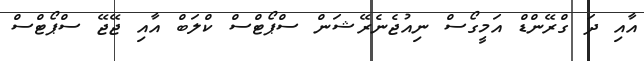
އާއި ދަ ގްރޭންޑް އަމީގޯސް ނިއުޖެނެރޭޝަން ސްޕޯޓްސް ކްލަބް އާއި ޖޭޖޭ ސްޕޯޓްސް